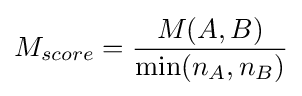
M_{score}={\frac {M(A,B)}{\min(n_{A},n_{B})}}